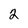
Character: 2